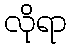
လိုရာ